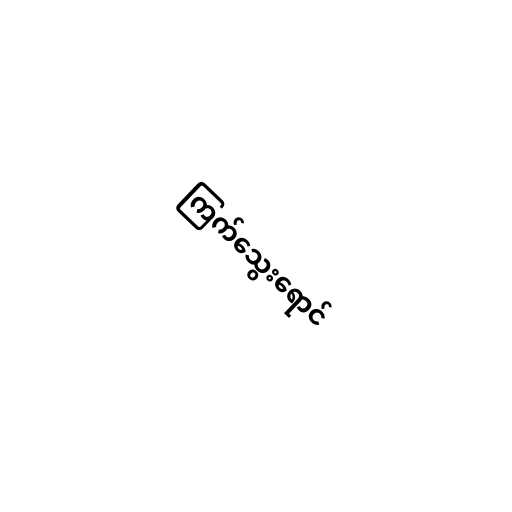
ကြက်သွေးရောင်